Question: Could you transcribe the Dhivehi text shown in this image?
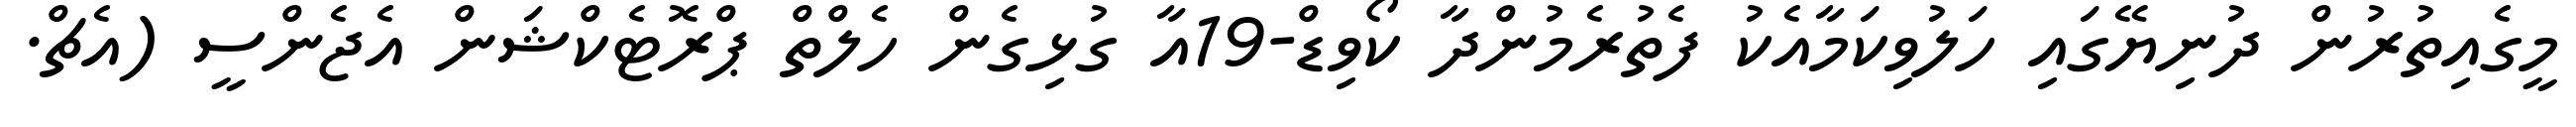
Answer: މީގެއިތުރުން ދުނިޔޭގައި ހަލުވިކަމާއެކު ފެތުރެމުންދާ ކޯވިޑް-19އާ ގުޅިގެން ހެލްތް ޕްރޮޓެކްޝަން އެޖެންސީ (އެޗް.